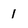
Character: 1